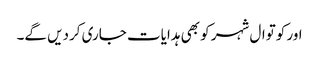
اور کوتوال شہر کو بھی ہدایات جاری کردیں گے۔